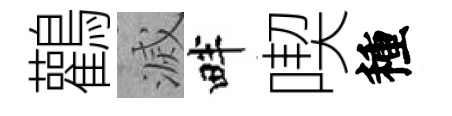
鸛滅畔喫種